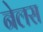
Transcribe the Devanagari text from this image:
नेलस